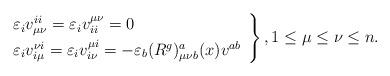
LaTeX: \begin{align*}\left.\begin{array}{rl} & \varepsilon _{i}v_{\mu \nu }^{ii}=\varepsilon _{i}v_{ii}^{\mu\nu }=0\smallskip \\ & \varepsilon _{i}v_{i\mu }^{\nu i}=\varepsilon _{i}v_{i\nu}^{\mu i}=-\varepsilon _{b}(R^{g})_{\mu \nu b}^{a}(x)v^{ab}\end{array}\right\} ,1\leq \mu \leq \nu \leq n. \end{align*}